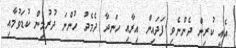
އެއީ ކުރިން ދެންނެވި ފަދައިން އިރާއި ހަނދާ ދެމެދު ހުންނަ ދުރުމިން ކުޑަވުމާއި